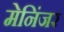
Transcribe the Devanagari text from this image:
मेनिंजर